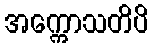
အက္ကောသတိပိ